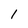
Character: I